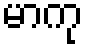
မာကု